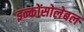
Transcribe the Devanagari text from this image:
इन्कोंसोलेबल